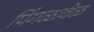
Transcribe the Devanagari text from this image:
पिंगळावेळ